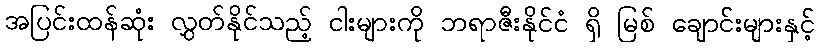
အပြင်းထန်ဆုံး လွှတ်နိုင်သည့် ငါးများကို ဘရာဇီးနိုင်ငံ ရှိ မြစ် ချောင်းများနှင့်